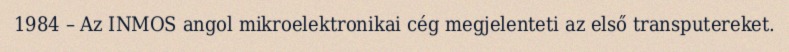
1984 – Az INMOS angol mikroelektronikai cég megjelenteti az első transputereket.